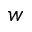
w